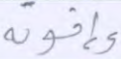
وإخوته